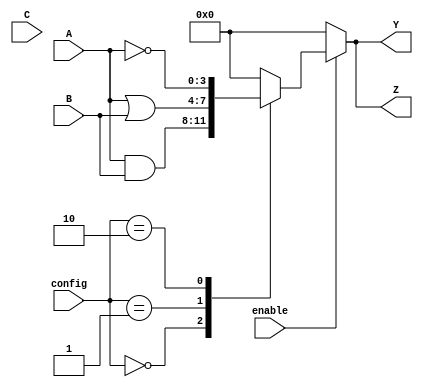
module CombinationalLogicBlock (
    // Inputs
    input wire [3:0] A,     // 4-bit input A
    input wire [3:0] B,     // 4-bit input B
    input wire [3:0] C,     // 4-bit input C
    input wire [1:0] config, // Configuration select signals
    input wire enable,       // Enable signal for logic operations
    
    // Outputs
    output reg [3:0] Y,     // 4-bit output Y
    output reg [3:0] Z      // 4-bit output Z
);

// Internal signals
wire [3:0] and_out;       // AND output
wire [3:0] or_out;        // OR output
wire [3:0] not_out;       // NOT output
wire [3:0] mux_out;       // MUX output
reg [3:0] selected_output; // Selected output based on configuration

// Basic logic functions
assign and_out = A & B;       // AND operation
assign or_out = A | B;        // OR operation
assign not_out = ~A;          // NOT operation

// 2-to-1 multiplexer
always @(*) begin
    case(config)
        2'b00: mux_out = and_out; // Select AND output
        2'b01: mux_out = or_out;  // Select OR output
        2'b10: mux_out = not_out; // Select NOT output
        default: mux_out = 4'b0000; // Default case
    endcase
end

// Main logic operation based on enable signal
always @(*) begin
    if (enable) begin
        selected_output = mux_out; // Output based on MUX selection
    end else begin
        selected_output = 4'b0000; // Output zero when disabled
    end
end

// Output assignments
always @(*) begin
    Y = selected_output;    // Assign selected output to Y
    Z = selected_output;    // Assign same for Z for example purposes
end

endmodule